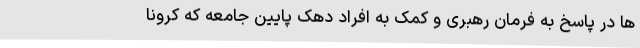
ها در پاسخ به فرمان رهبری و کمک به افراد دهک پایین جامعه که کرونا